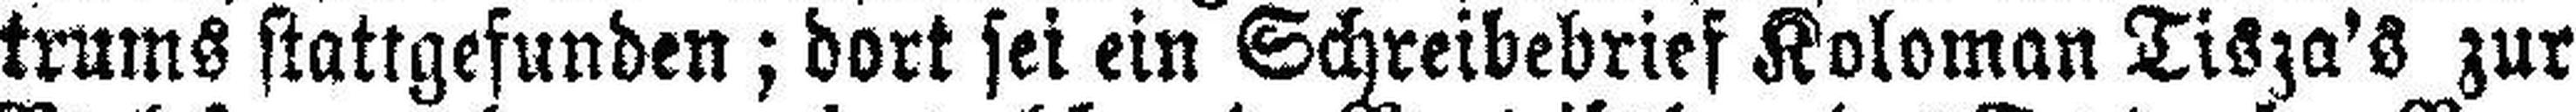
trums stattgefunden; dort sei ein Schreibebrief Koloman Tisza's zur